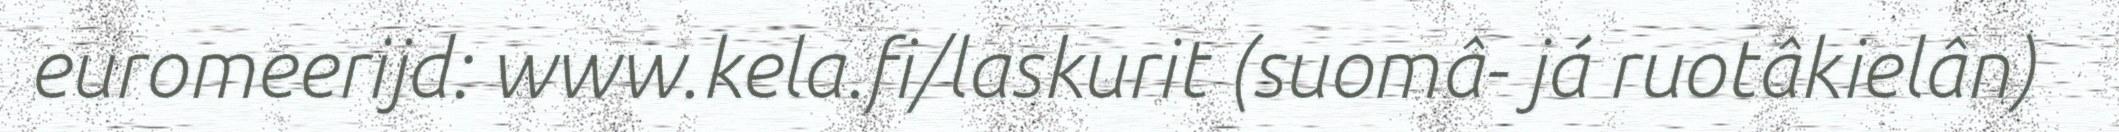
euromeerijd: www.kela.fi/laskurit (suomâ- já ruotâkielân)